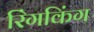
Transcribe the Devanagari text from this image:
रिंगकिंग